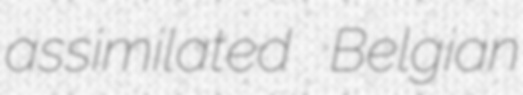
assimilated Belgian